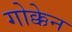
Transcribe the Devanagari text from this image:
गोक्केन